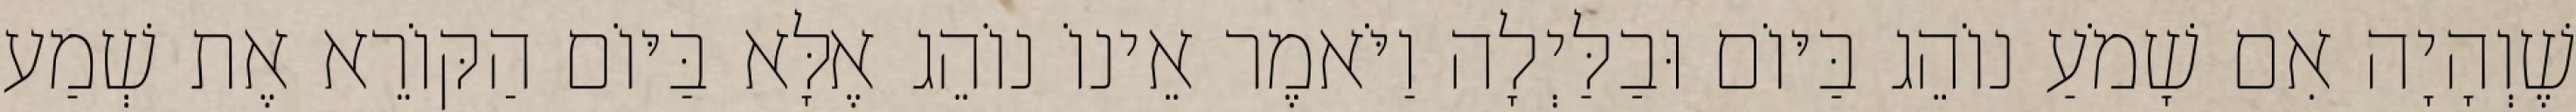
שֶׁוְהָיָה אִם שָׁמֹעַ נוֹהֵג בַּיּוֹם וּבַלַּיְלָה וַיֹּאמֶר אֵינוֹ נוֹהֵג אֶלָּא בַּיּוֹם הַקּוֹרֵא אֶת שְׁמַע